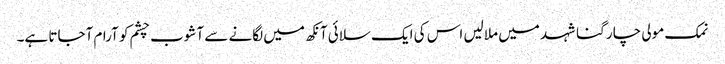
نمک مولی چار گنا شہد میں ملالیں اس کی ایک سلائی آنکھ میں لگانے سے آشوب چشم کو آرام آجاتا ہے۔